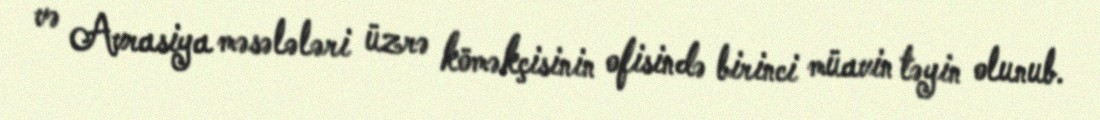
və Avrasiya məsələləri üzrə köməkçisinin ofisində birinci müavin təyin olunub.